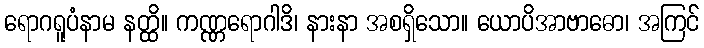
ရောဂရူပံနာမ နတ္ထိ။ ကဏ္ဏရောဂါဒိ၊ နားနာ အစရှိသော။ ယောပိအာဗာဓော၊ အကြင်